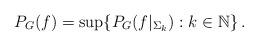
LaTeX: \begin{align*} P_G(f) = \sup \{ P_G(f|_{\Sigma_k}) : k \in \mathbb{N} \} \,.\end{align*}